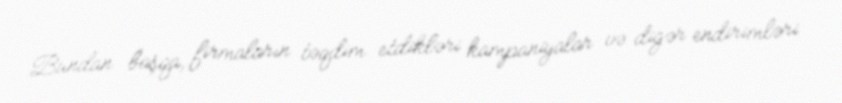
Bundan başqa, firmaların təqdim etdikləri kampaniyalar və digər endirimləri